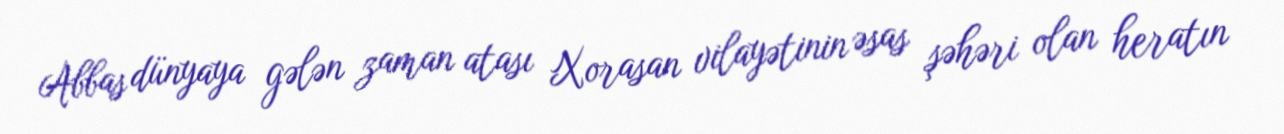
Abbas dünyaya gələn zaman atası Xorasan vilayətinin əsas şəhəri olan heratın